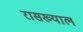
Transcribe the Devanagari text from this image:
रासख्याल